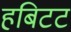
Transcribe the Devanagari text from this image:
हबिटट